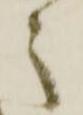
之